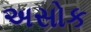
અસોક